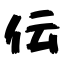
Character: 伝